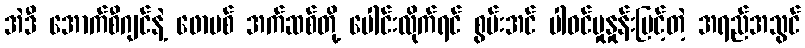
အဲဒီ အောက်စီဂျင်နဲ့ ဖောမစ် အက်ဆစ်တို့ ပေါင်းလိုက်ရင် စွမ်းအင် ပါဝင်မှုနှုန်းမြင့်တဲ့ အရည်အသွင်